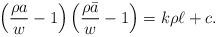
\begin{align*}\left(\frac{\rho a}{w}-1\right)\left(\frac{\rho\bar{a}}{w}-1\right)=k\rho\ell+c.\end{align*}